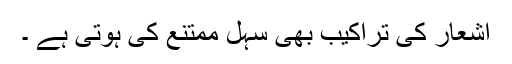
اشعار کی تراکیب بھی سہل ممتنع کی ہوتی ہے ۔